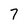
Character: 7